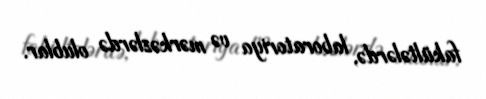
fakültələrdə, laboratoriya və mərkəzlərdə olublar.